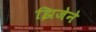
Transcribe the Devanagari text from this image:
झिजेने